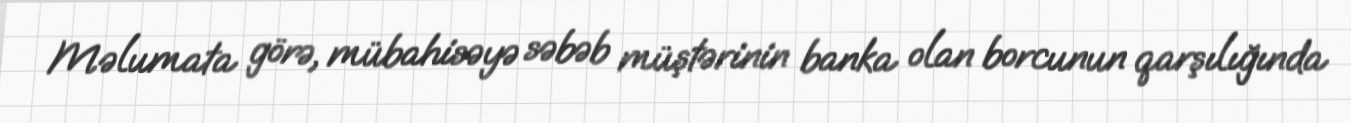
Məlumata görə, mübahisəyə səbəb müştərinin banka olan borcunun qarşılığında